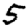
Digit: 5